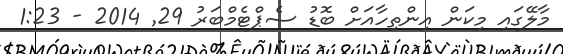
މާލޭގައި މިކަން އިންތިހާއަށް ބޮޑު ސެޕްޓެމްބަރު 29